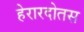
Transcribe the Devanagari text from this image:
हेरारदोतस